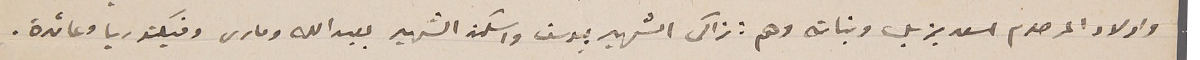
واولاد المرحوم اسعد يزبك وبناته وهم : زاكى الشهير بيوسف واسكندر الشهير بعبدالله ومارى وفيكتوريا وعائدة.